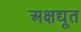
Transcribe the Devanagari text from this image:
अक्षद्यूत